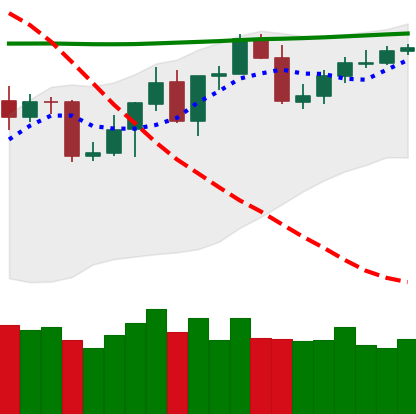
Ticker: BNB-USD
Chart end date: 2020-04-26
Forward return: 7.21%
Label: up_7plus